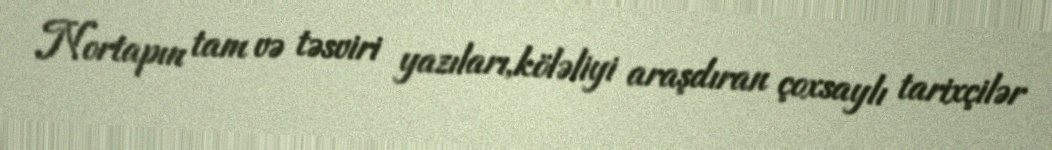
Nortapın tam və təsviri yazıları,köləliyi araşdıran çoxsaylı tarixçilər